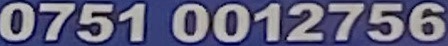
0751 0012756